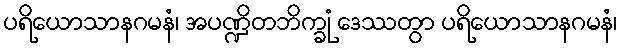
ပရိယောသာနဂမနံ၊ အပဏ္ဍိတဘိက္ခုံ ဒေဿတွာ ပရိယောသာနဂမနံ၊